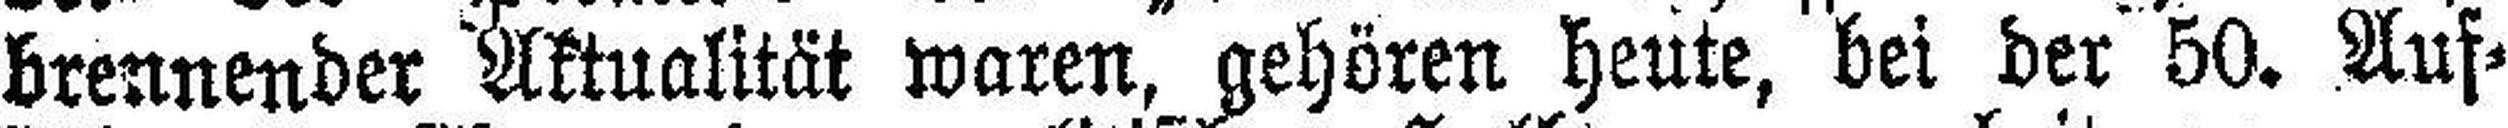
brennender Aktualität waren, gehören heute, bei der 50. Auf¬